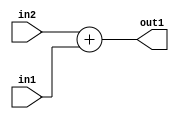
`timescale 1ps / 1ps
/*****************************************************************************
    Verilog RTL Description
    
    
    Created by: Stratus DpOpt 21.05.01 
*******************************************************************************/

module SobelFilter_Add_32Sx4U_32S_1 (
	in2,
	in1,
	out1
	); /* architecture "behavioural" */ 
input [31:0] in2;
input [3:0] in1;
output [31:0] out1;
wire [31:0] asc001;

assign asc001 = 
	+(in2)
	+(in1);

assign out1 = asc001;
endmodule

/* CADENCE  ubLyTgg= : u9/ySxbfrwZIxEzHVQQV8Q== ** DO NOT EDIT THIS LINE ******/